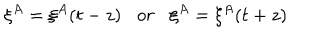
\xi ^ { A } = \xi ^ { A } ( t - z ) o r \xi ^ { A } = \xi ^ { A } ( t + z )